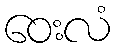
ဝေးလံ